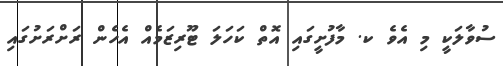
ސުވާލަކީ މި އެވެ ކ. މާފުށީގައި އޮތް ކަހަލަ ޓޫރިޒަމެއް އެހެން ރަށްރަށުގައި